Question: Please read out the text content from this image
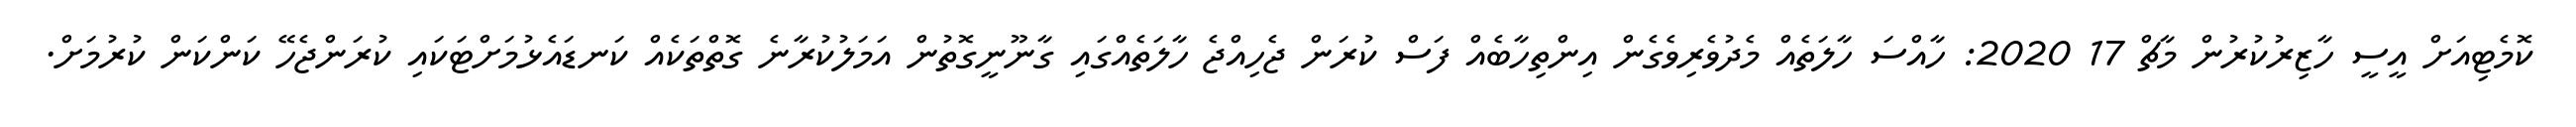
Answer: ކޮމެޓިއަށް އީސީ ހާޒިރުކުރުން މާޗް 17 2020: ހާއްސަ ހާލަތެއް މެދުވެރިވެގެން އިންތިހާބެއް ފަސް ކުރަން ޖެހިއްޖެ ހާލަތެއްގައި ގާނޫނީގޮތުން އަމަލުކުރާނެ ގޮތްތަކެއް ކަނޑައެޅުމަށްޓަކައި ކުރަންޖެހޭ ކަންކަން ކުރުމަށް.